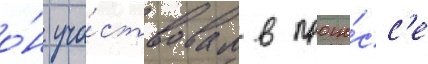
о́н уча́ствовал в проце́сс'е